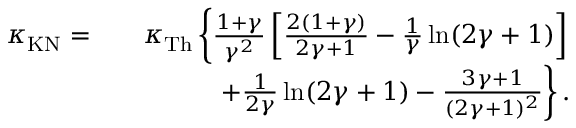
\begin{array} { r l r } { \kappa _ { \mathrm { K N } } = } & { } & { \kappa _ { \mathrm { T h } } \left\{ \frac { 1 + \gamma } { \gamma ^ { 2 } } \left[ \frac { 2 ( 1 + \gamma ) } { 2 \gamma + 1 } - \frac { 1 } { \gamma } \ln ( 2 \gamma + 1 ) \right] \right. } \\ & { } & { \left. + \frac { 1 } { 2 \gamma } \ln ( 2 \gamma + 1 ) - \frac { 3 \gamma + 1 } { ( 2 \gamma + 1 ) ^ { 2 } } \right\} . } \end{array}